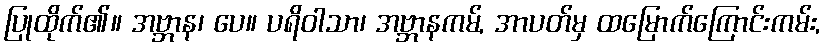
ပြုထိုက်၏။ အဗ္ဘာန၊ ပေ။ ပရိဝါသာ၊ အဗ္ဘာနကမ်, အာပတ်မှ ထမြောက်ကြောင်းကမ်း,